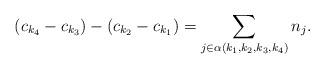
LaTeX: \begin{align*}(c_{k_4}-c_{k_3})-(c_{k_2}-c_{k_1})=\sum_{j\in\alpha(k_1,k_2,k_3,k_4)}n_j.\end{align*}